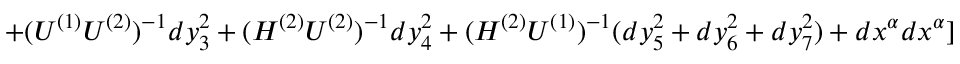
+ ( U ^ { ( 1 ) } U ^ { ( 2 ) } ) ^ { - 1 } d y _ { 3 } ^ { 2 } + ( H ^ { ( 2 ) } U ^ { ( 2 ) } ) ^ { - 1 } d y _ { 4 } ^ { 2 } + ( H ^ { ( 2 ) } U ^ { ( 1 ) } ) ^ { - 1 } ( d y _ { 5 } ^ { 2 } + d y _ { 6 } ^ { 2 } + d y _ { 7 } ^ { 2 } ) + d x ^ { \alpha } d x ^ { \alpha } ]